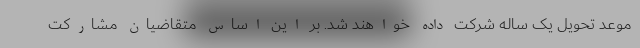
موعد تحویل یک ساله شرکت داده خواهند شد. بر این اساس متقاضیان مشارکت